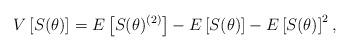
LaTeX: \begin{align*}V\left[S(\theta)\right] = E\left[S(\theta)^{(2)}\right] - E\left[S(\theta)\right] - E\left[S(\theta)\right]^2,\end{align*}